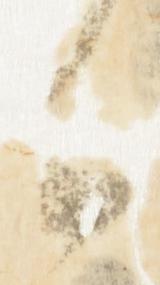
候